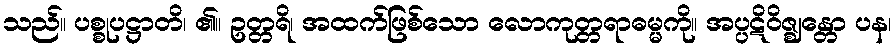
သည်။ ပစ္စုပဋ္ဌာတိ၊ ၏။ ဥတ္တရိ၊ အထက်ဖြစ်သော လောကုတ္တရာဓမ္မကို။ အပ္ပဋိဝိဇ္ဈန္တော ပန၊